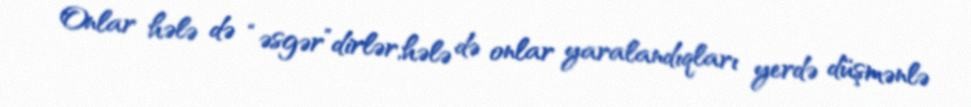
Onlar hələ də “əsgər”dirlər,hələ də onlar yaralandıqları yerdə düşmənlə